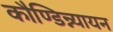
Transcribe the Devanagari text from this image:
कौण्डिन्न्यायन